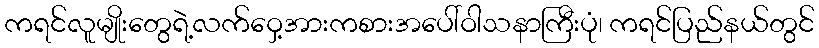
ကရင်လူမျိုးတွေရဲ့လက်ဝှေ့အားကစားအပေါ်ဝါသနာကြီးပုံ၊ ကရင်ပြည်နယ်တွင်